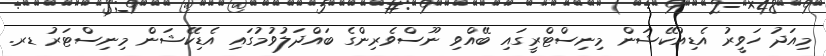
މިއަދު ހަވީރު އެޑިއުކޭޝަން މިނިސްޓްރީގައި ބޭއްވި ނޫސްވެރިންގެ ބައްދަލުވުމުގައި އެޑިކޭޝަން މިނިސްޓަރު ޑރ.